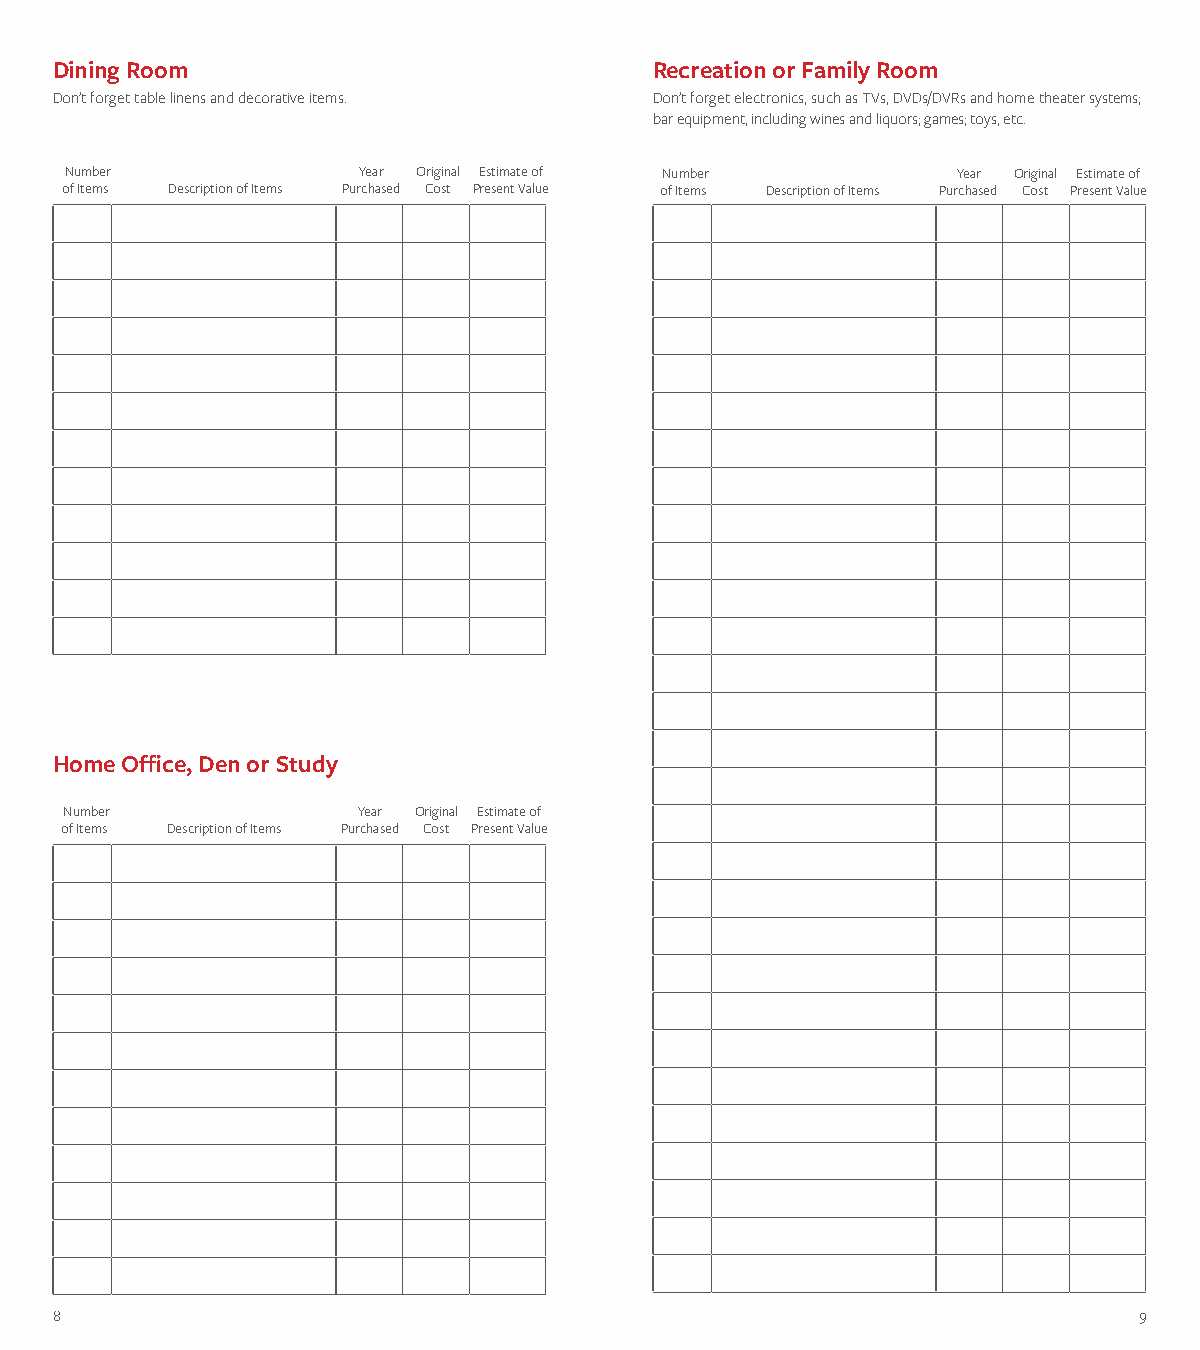
Dining Room                             Recreation or Family Room
 Don’t forget table linens and decorative items. Don’t forget electronics, such as TVs, DVDs/DVRs and home theater systems;
 bar equipment, including wines and liquors; games; toys, etc.
 Number              Year Original Estimate of Number       Year Original Estimate of
 of Items Description of Items Purchased Cost Present Value of Items Description of Items Purchased Cost Present Value
 Home Office, Den or Study
 Number              Year Original Estimate of
 of Items Description of Items Purchased Cost Present Value
 8                                                                       9